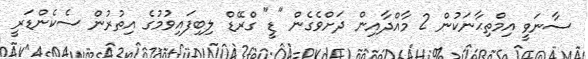
ސާނަވީ އިމްތިޙާނަކުން 2 މާއްދާއިން ދަށްވެގެން "ޑީ" ގްރޭޑް ލިބިފައިވުމުގެ އިތުރުން ސެކެންޑަރީ